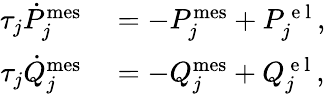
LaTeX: \begin{array}{rl}{\tau_{j}\dot{P}_{j}^{\mathrm{mes}}}&{{}=-P_{j}^{\mathrm{mes}}+P_{j}^{\mathrm{~e~l~}},}\\ {\tau_{j}\dot{Q}_{j}^{\mathrm{mes}}}&{{}=-Q_{j}^{\mathrm{mes}}+Q_{j}^{\mathrm{~e~l~}},}\end{array}